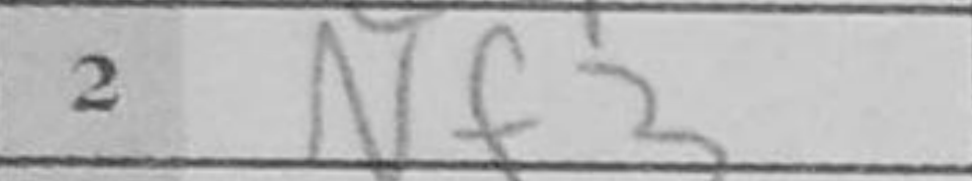
Transcription: Nf3